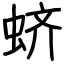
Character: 蛴